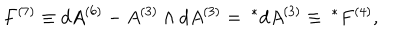
F ^ { ( 7 ) } \equiv d A ^ { ( 6 ) } - A ^ { ( 3 ) } \wedge d A ^ { ( 3 ) } = { ~ } ^ { * } d A ^ { ( 3 ) } \equiv { ~ } ^ { * } F ^ { ( 4 ) } ,